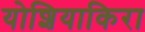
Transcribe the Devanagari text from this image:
योशियाकिरा